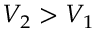
V _ { 2 } > V _ { 1 }